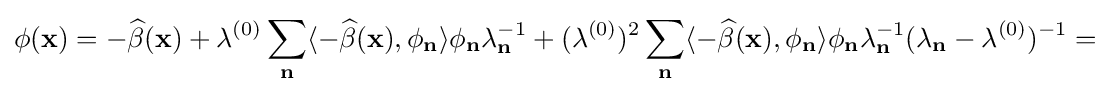
\phi ({\bf {x}})=-{\widehat {\beta }}({\bf {x}})+\lambda ^{(0)}\sum _{\bf {n}}\langle -{\widehat {\beta }}({\bf {x}}),\phi _{\bf {n}}\rangle \phi _{\bf {n}}\lambda _{\bf {n}}^{-1}+(\lambda ^{(0)})^{2}\sum _{\bf {n}}\langle -{\widehat {\beta }}({\bf {x}}),\phi _{\bf {n}}\rangle \phi _{\bf {n}}\lambda _{\bf {n}}^{-1}(\lambda _{\bf {n}}-\lambda ^{(0)})^{-1}=